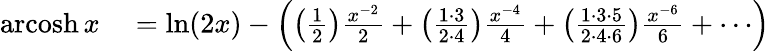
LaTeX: \begin{array}{rl}{\operatorname{arcosh}x}&{{}=\ln(2x)-\left(\left({\frac{1}{2}}\right){\frac{x^{-2}}{2}}+\left({\frac{1\cdot 3}{2\cdot 4}}\right){\frac{x^{-4}}{4}}+\left({\frac{1\cdot 3\cdot 5}{2\cdot 4\cdot 6}}\right){\frac{x^{-6}}{6}}+\cdots\right)}\end{array}